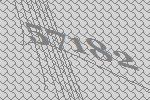
57182